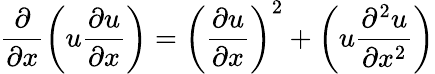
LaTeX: \frac{\partial}{\partial x}\left(u\frac{\partial u}{\partial x}\right)=\left(\frac{\partial u}{\partial x}\right)^{2}+\left(u\frac{\partial^{2}u}{\partial x^{2}}\right)